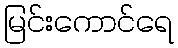
မြင်းကောင်ရေ